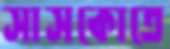
সাসকোতে